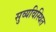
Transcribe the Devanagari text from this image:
सुव्यविस्थित